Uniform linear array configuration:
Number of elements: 16
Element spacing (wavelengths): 0.25
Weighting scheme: exponential
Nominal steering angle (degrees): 15
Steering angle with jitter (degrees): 15.588
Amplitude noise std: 0.05
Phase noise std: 0.05

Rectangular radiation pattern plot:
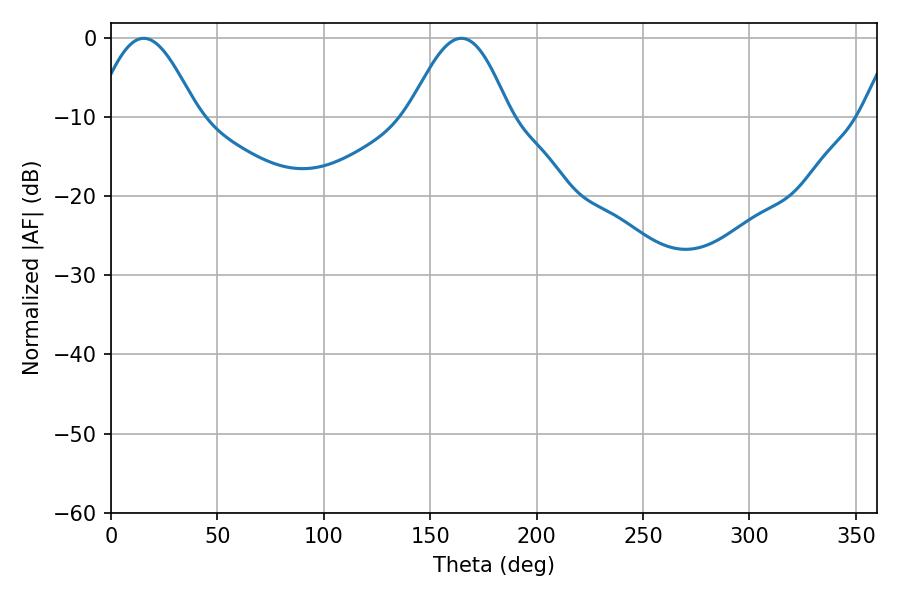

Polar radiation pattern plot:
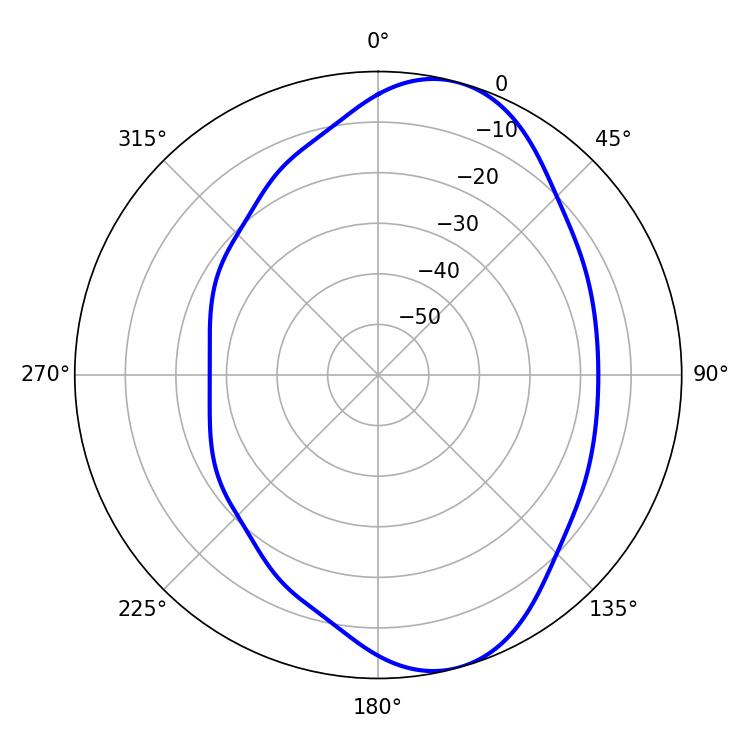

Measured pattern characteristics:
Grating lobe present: FALSE
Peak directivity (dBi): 8.203
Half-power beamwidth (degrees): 25.38
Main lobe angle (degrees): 15.3